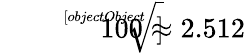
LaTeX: {\sqrt[[objectObject]]{100}}\approx 2.512